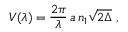
V ( \lambda ) = \frac { 2 \pi } { \lambda } \, a \, n _ { 1 } \sqrt { 2 \Delta } \; ,